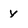
Character: y